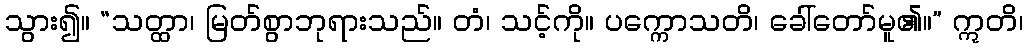
သွား၍။ “သတ္ထာ၊ မြတ်စွာဘုရားသည်။ တံ၊ သင့်ကို။ ပက္ကောသတိ၊ ခေါ်တော်မူ၏။” ဣတိ၊